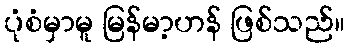
ပုံစံမှာမူ မြန်မာ့ဟန် ဖြစ်သည်။